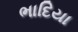
ભાદિયા